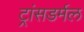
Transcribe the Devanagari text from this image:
ट्रांसडर्मल